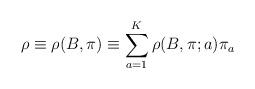
LaTeX: \begin{align*}\rho\equiv \rho(B,\pi) \equiv \sum_{a=1}^K \rho(B,\pi; a)\pi_a\end{align*}